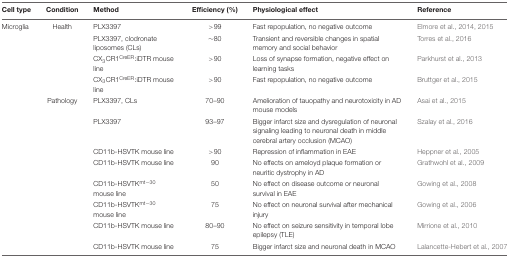
<table><thead><tr><td><b>Cell type</b></td><td><b>Condition</b></td><td><b>Method</b></td><td><b>Efficiency (%)</b></td><td><b>Physiological effect</b></td><td><b>Reference</b></td></tr></thead><tbody><tr><td>Microglia</td><td>Health</td><td>PLX3397</td><td>&gt;99</td><td>Fast repopulation, no negative outcome</td><td>Elmore et al., 2014, 2015</td></tr><tr><td></td><td></td><td>PLX3397, clodronate liposomes (CLs)</td><td>∼80</td><td>Transient and reversible changes in spatial memory and social behavior</td><td>Torres et al., 2016</td></tr><tr><td></td><td></td><td>CX<sub>3</sub>CR1<sup>CreER</sup>:iDTR mouse line</td><td>&gt;90</td><td>Loss of synapse formation, negative effect on learning tasks</td><td>Parkhurst et al., 2013</td></tr><tr><td></td><td></td><td>CX<sub>3</sub>CR1<sup>CreER</sup>:iDTR mouse line</td><td>&gt;90</td><td>Fast repopulation, no negative outcome</td><td>Bruttger et al., 2015</td></tr><tr><td></td><td>Pathology</td><td>PLX3397, CLs</td><td>70–90</td><td>Amelioration of tauopathy and neurotoxicity in AD mouse models</td><td>Asai et al., 2015</td></tr><tr><td></td><td></td><td>PLX3397</td><td>93–97</td><td>Bigger infarct size and dysregulation of neuronal signaling leading to neuronal death in middle cerebral artery occlusion (MCAO)</td><td>Szalay et al., 2016</td></tr><tr><td></td><td></td><td>CD11b-HSVTK mouse line</td><td>&gt;90</td><td>Repression of inflammation in EAE</td><td>Heppner et al., 2005</td></tr><tr><td></td><td></td><td>CD11b-HSVTK mouse line</td><td>90</td><td>No effects on ameloyd plaque formation or neuritic dystrophy in AD</td><td>Grathwohl et al., 2009</td></tr><tr><td></td><td></td><td>CD11b-HSVTK<sup>mt-30</sup> mouse line</td><td>50</td><td>No effect on disease outcome or neuronal survival in EAE</td><td>Gowing et al., 2008</td></tr><tr><td></td><td></td><td>CD11b-HSVTK<sup>mt-30</sup> mouse line</td><td>75</td><td>No effect on neuronal survival after mechanical injury</td><td>Gowing et al., 2006</td></tr><tr><td></td><td></td><td>CD11b-HSVTK mouse line</td><td>80–90</td><td>No effect on seizure sensitivity in temporal lobe epilepsy (TLE)</td><td>Mirrione et al., 2010</td></tr><tr><td></td><td></td><td>CD11b-HSVTK mouse line</td><td>75</td><td>Bigger infarct size and neuronal death in MCAO</td><td>Lalancette-Hebert et al., 2007</td></tr></tbody></table>